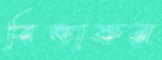
বিভাকর